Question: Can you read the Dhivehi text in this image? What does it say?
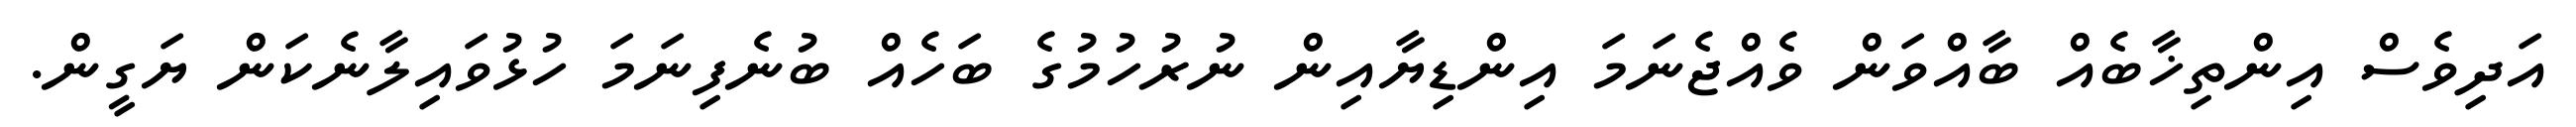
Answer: އަދިވެސް އިންތިޚާބެއް ބާއްވަން ވެއްޖެނަމަ އިންޑިޔާއިން ނުރުހުމުގެ ބަހެއް ބުނެފިނަމަ ހުޅުވައިލާނެކަން ޔަގީން.